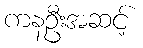
ကနဦးအဆင့်